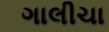
ગાલીચા